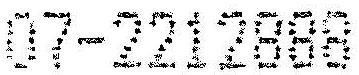
07-2212888